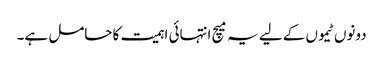
دونوں ٹیموں کے لیے یہ میچ انتہائی اہمیت کا حامل ہے۔